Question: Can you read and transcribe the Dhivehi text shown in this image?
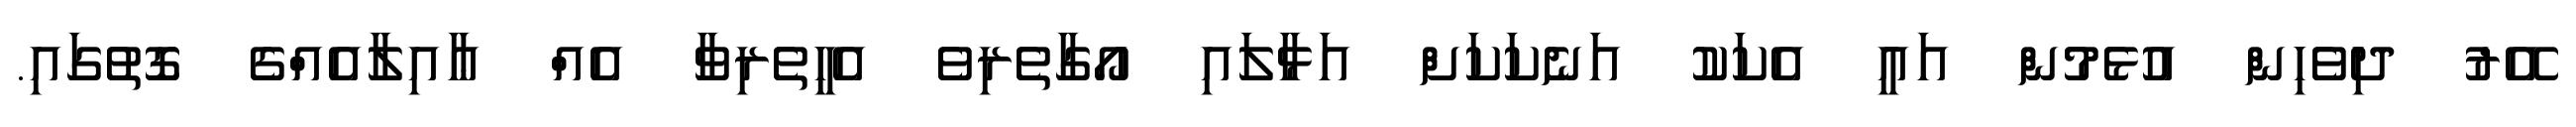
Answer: އޭރު ދިވެހިން އުޅެމުން އައީ އެކަކު އަނެކަކަށް އަޅާލައި އޯގާތެރިވެ އެހީތެރިވާ އެއް ޢާއިލާއެއްގެ ގޮތުގައި.